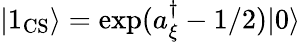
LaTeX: |1_{\mathrm{CS}}\rangle=\exp(a_{\xi}^{\dagger}-1/2)|0\rangle